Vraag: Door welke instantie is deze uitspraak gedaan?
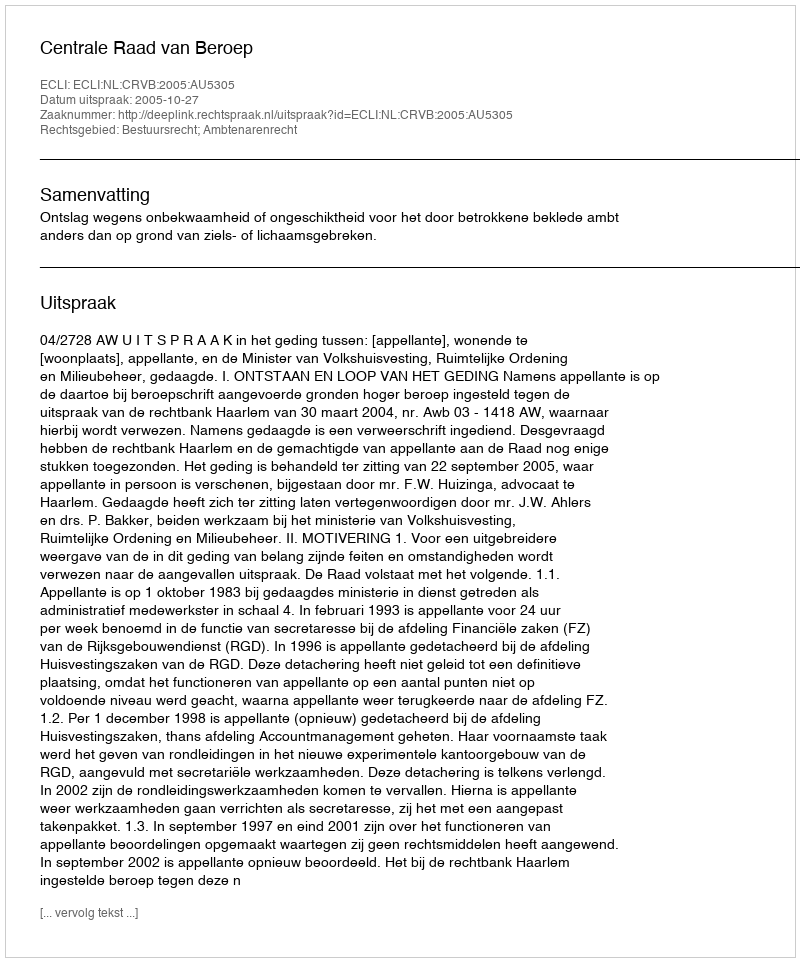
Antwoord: Centrale Raad van Beroep